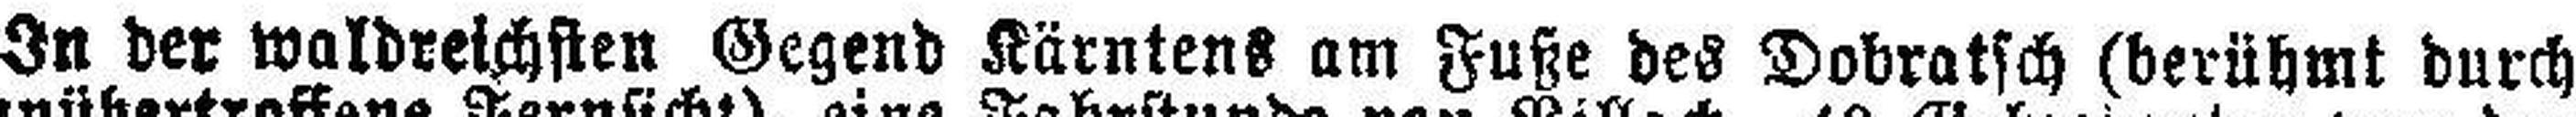
In der waldreichsten Gegend Kärntens am Fuße des Dobratsch (berühmt durch